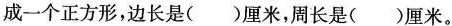
成一个正方形，边长是( )厘米，周长是( )厘米。